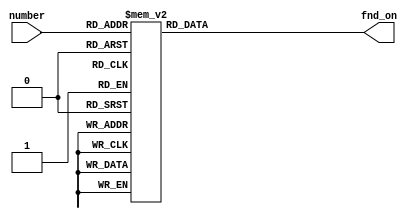
module segement_7(
    number,
    fnd_on
);

input [3:0] number;

output [6:0] fnd_on;

reg a;
reg b;
reg c;
reg d;
reg e;
reg f;
reg g;

always @(number) begin
    case(number)
        4'b0000 : begin  // 0
            {g, f, e, d, c, b, a} = 7'b100_0000;
        end

        4'b0001 : begin  // 1
            {g, f, e, d, c, b, a} = 7'b111_1001;
        end

        4'b0010 : begin  // 2
            {g, f, e, d, c, b, a} = 7'b010_0100;
        end

        4'b0011 : begin  // 3
            {g, f, e, d, c, b, a} = 7'b011_0000;
        end

        4'b0100 : begin  // 4
            {g, f, e, d, c, b, a} = 7'b001_1001;
        end

        4'b0101 : begin  // 5
            {g, f, e, d, c, b, a} = 7'b001_0010;
        end

        4'b0110 : begin  // 6
            {g, f, e, d, c, b, a} = 7'b000_0010;
        end

        4'b0111 : begin  // 7
            {g, f, e, d, c, b, a} = 7'b101_1000;
        end

        4'b1000 : begin  // 8
            {g, f, e, d, c, b, a} = 7'b000_0000;
        end

        4'b1001 : begin  // 9
            {g, f, e, d, c, b, a} = 7'b001_0000;
        end

        4'b1010 : begin // A
            {g, f, e, d, c, b, a} = 7'b000_1000;
        end

        4'b1011 : begin  // B
            {g, f, e, d, c, b, a} = 7'b000_0011;
        end

        4'b1100 : begin  // C
            {g, f, e, d, c, b, a} = 7'b100_0110;
        end

        4'b1101 : begin  // D
            {g, f, e, d, c, b, a} = 7'b010_0001;
        end

        4'b1110 : begin  // E
            {g, f, e, d, c, b, a} = 7'b000_0110;
        end

        4'b1111 : begin  // F
            {g, f, e, d, c, b, a} = 7'b000_1110;
        end

        default : begin
             {g, f, e, d, c, b, a} = 7'b111_1111;
        end
    endcase
end

assign fnd_on = {g, f, e, d, c, b, a};

endmodule